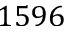
1 5 9 6